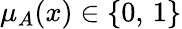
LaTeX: \mu_{A}(x)\in\{ 0,\, 1\}